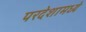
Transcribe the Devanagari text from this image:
परदेशामध्ये